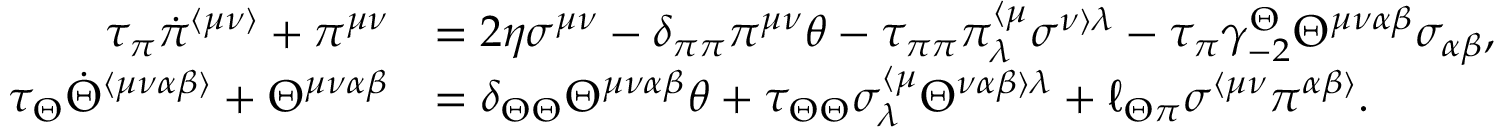
\begin{array} { r l } { \tau _ { \pi } \dot { \pi } ^ { \langle \mu \nu \rangle } + \pi ^ { \mu \nu } } & { = 2 \eta \sigma ^ { \mu \nu } - \delta _ { \pi \pi } \pi ^ { \mu \nu } \theta - \tau _ { \pi \pi } \pi _ { \lambda } ^ { \langle \mu } \sigma ^ { \nu \rangle \lambda } - \tau _ { \pi } \gamma _ { - 2 } ^ { \Theta } \Theta ^ { \mu \nu \alpha \beta } \sigma _ { \alpha \beta } , } \\ { \tau _ { \Theta } \dot { \Theta } ^ { \langle \mu \nu \alpha \beta \rangle } + \Theta ^ { \mu \nu \alpha \beta } } & { = \delta _ { \Theta \Theta } \Theta ^ { \mu \nu \alpha \beta } \theta + \tau _ { \Theta \Theta } \sigma _ { \lambda } ^ { \langle \mu } \Theta ^ { \nu \alpha \beta \rangle \lambda } + \ell _ { \Theta \pi } \sigma ^ { \langle \mu \nu } \pi ^ { \alpha \beta \rangle } . } \end{array}